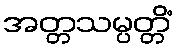
အတ္တသမ္ပတ္တိံ